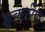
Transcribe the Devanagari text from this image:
डुकरीण